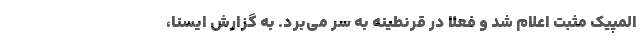
المپیک مثبت اعلام شد و فعلا در قرنطینه به سر می‌برد. به گزارش ایسنا،